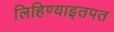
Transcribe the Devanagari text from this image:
लिहिण्याइतपत